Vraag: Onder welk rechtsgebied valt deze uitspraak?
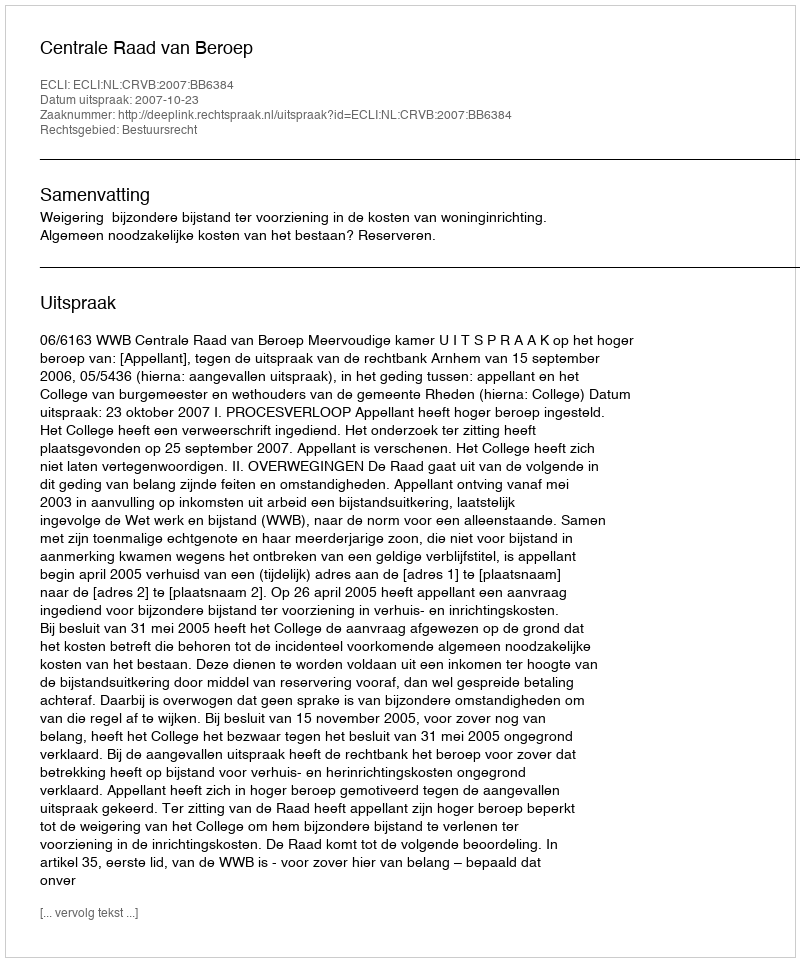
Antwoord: Bestuursrecht